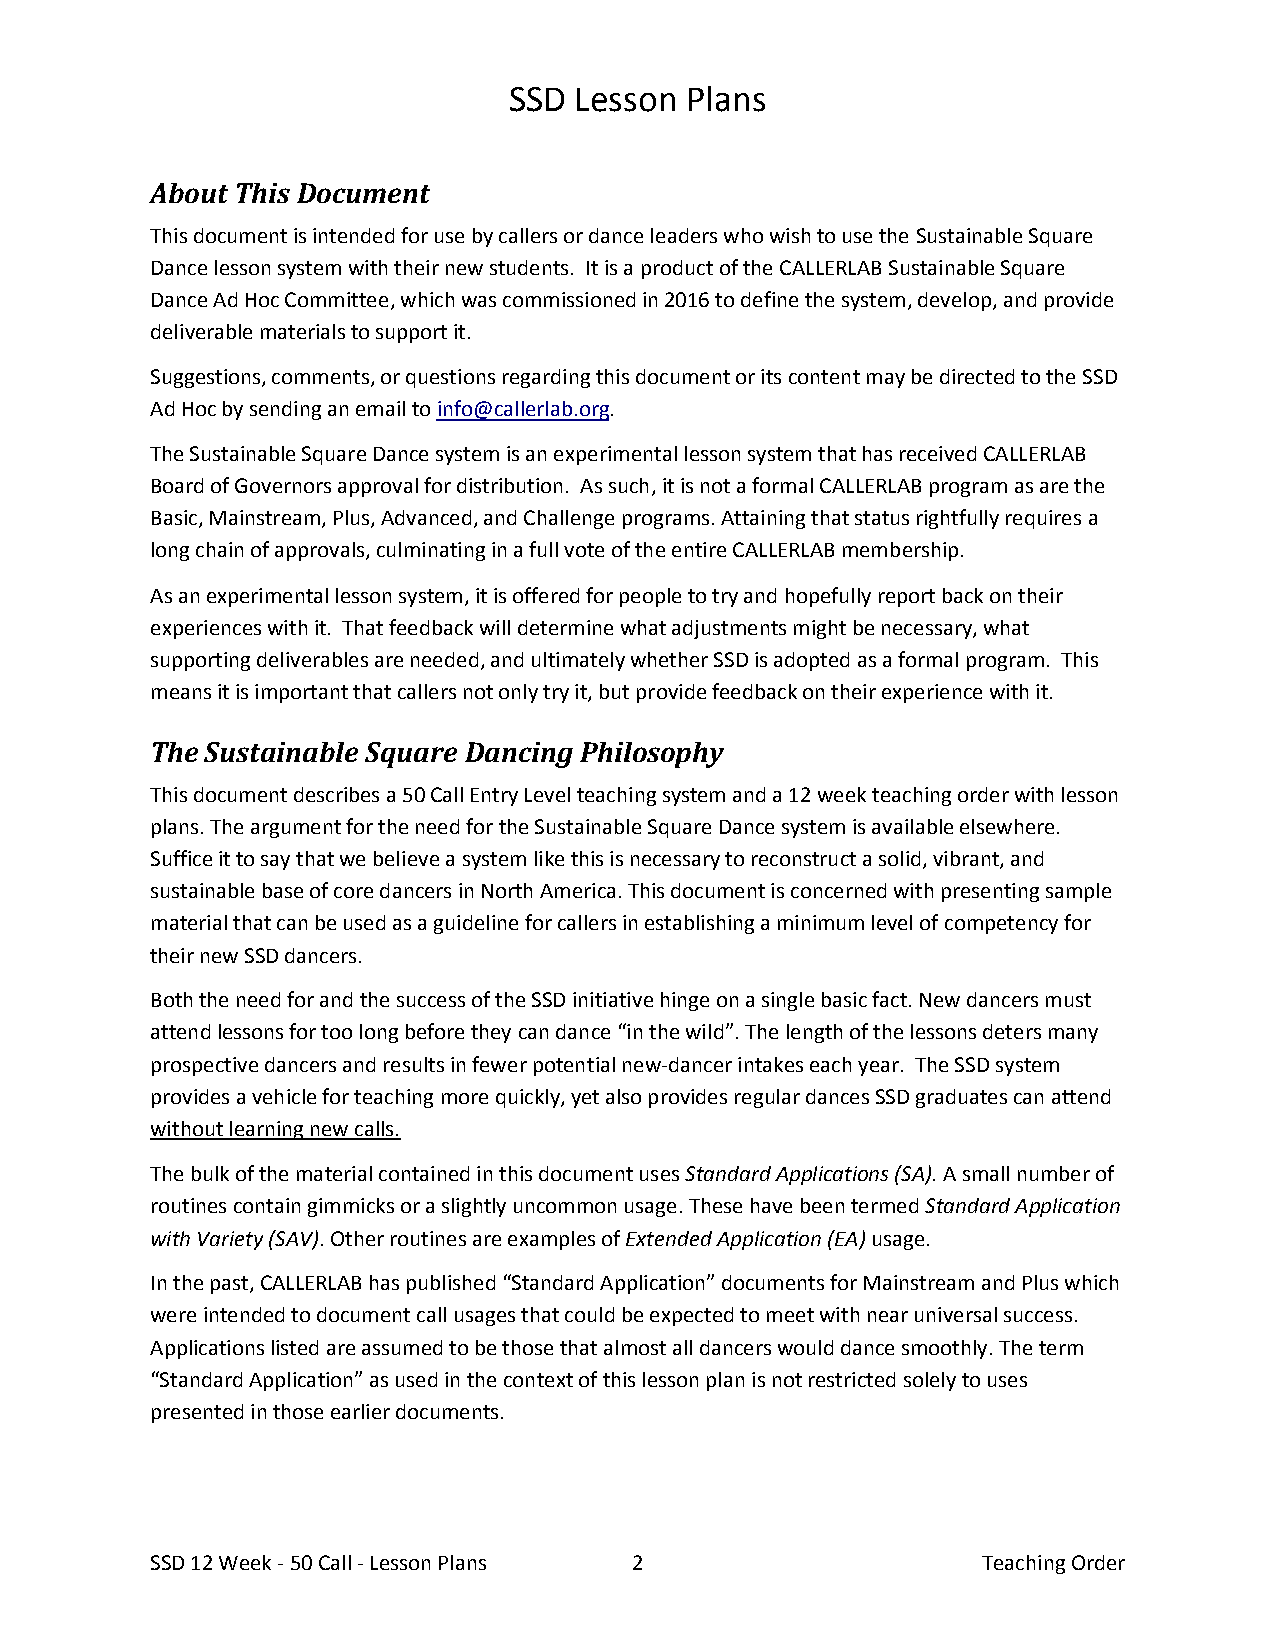
SSD Lesson Plans
 About This Document
 This document is intended for use by callers or dance leaders who wish to use the Sustainable Square
 Dance lesson system with their new students. It is a product of the CALLERLAB Sustainable Square
 Dance Ad Hoc Committee, which was commissioned in 2016 to define the system, develop, and provide
 deliverable materials to support it.
 Suggestions, comments, or questions regarding this document or its content may be directed to the SSD
 Ad Hoc by sending an email to info@callerlab.org.
 The Sustainable Square Dance system is an experimental lesson system that has received CALLERLAB
 Board of Governors approval for distribution. As such, it is not a formal CALLERLAB program as are the
 Basic, Mainstream, Plus, Advanced, and Challenge programs. Attaining that status rightfully requires a
 long chain of approvals, culminating in a full vote of the entire CALLERLAB membership.
 As an experimental lesson system, it is offered for people to try and hopefully report back on their
 experiences with it. That feedback will determine what adjustments might be necessary, what
 supporting deliverables are needed, and ultimately whether SSD is adopted as a formal program. This
 means it is important that callers not only try it, but provide feedback on their experience with it.
 The Sustainable Square Dancing Philosophy
 This document describes a 50 Call Entry Level teaching system and a 12 week teaching order with lesson
 plans. The argument for the need for the Sustainable Square Dance system is available elsewhere.
 Suffice it to say that we believe a system like this is necessary to reconstruct a solid, vibrant, and
 sustainable base of core dancers in North America. This document is concerned with presenting sample
 material that can be used as a guideline for callers in establishing a minimum level of competency for
 their new SSD dancers.
 Both the need for and the success of the SSD initiative hinge on a single basic fact. New dancers must
 attend lessons for too long before they can dance “in the wild”. The length of the lessons deters many
 prospective dancers and results in fewer potential new-dancer intakes each year. The SSD system
 provides a vehicle for teaching more quickly, yet also provides regular dances SSD graduates can attend
 without learning new calls.
 The bulk of the material contained in this document uses Standard Applications (SA). A small number of
 routines contain gimmicks or a slightly uncommon usage. These have been termed Standard Application
 with Variety (SAV). Other routines are examples of Extended Application (EA) usage.
 In the past, CALLERLAB has published “Standard Application” documents for Mainstream and Plus which
 were intended to document call usages that could be expected to meet with near universal success.
 Applications listed are assumed to be those that almost all dancers would dance smoothly. The term
 “Standard Application” as used in the context of this lesson plan is not restricted solely to uses
 presented in those earlier documents.
 SSD 12 Week - 50 Call - Lesson Plans 2                 Teaching Order